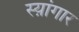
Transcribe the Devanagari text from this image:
स्य़ांगार